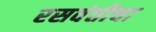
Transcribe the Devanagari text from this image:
रसवंतीचा